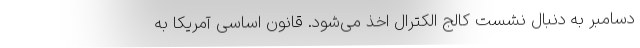
دسامبر به دنبال نشست کالج الکترال اخذ می‌شود. قانون اساسی آمریکا به